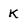
Character: K